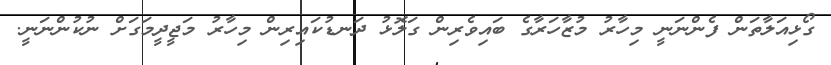
ގޯޅިއަލާތަން ފެންނަނީ މިހާރު މުޒާހަރާގެ ބައިވެރިން ގަލޮޅު ދަނޑުކައިރިން މިހާރު މަޖީދީމަގަށް ނުކުންނަނީ.